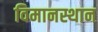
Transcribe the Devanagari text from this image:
विमानस्थान